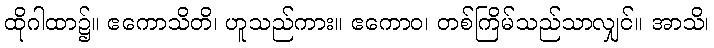
ထိုဂါထာ၌။ ဧကောသိတိ၊ ဟူသည်ကား။ ဧကောဝ၊ တစ်ကြိမ်သည်သာလျှင်။ အာသိ၊